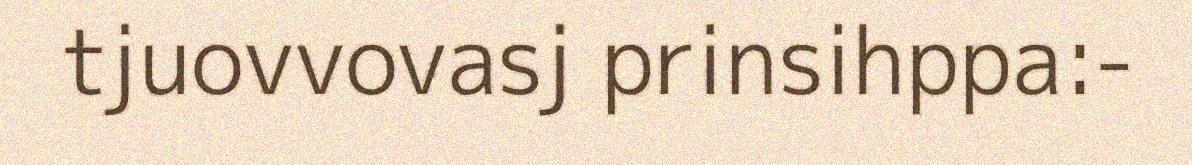
tjuovvovasj prinsihppa:-